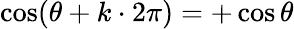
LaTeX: \cos(\theta+k\cdot 2\pi)=+\cos\theta